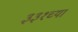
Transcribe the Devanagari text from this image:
३३१च्या